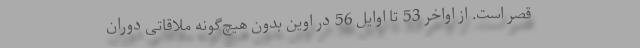
قصر است. از اواخر 53 تا اوایل 56 در اوین بدون هیچ‌گونه ملاقاتی دوران